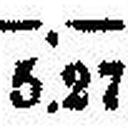
5.27